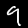
Label: 9